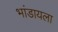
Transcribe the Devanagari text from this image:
भांडायला